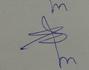
Signature authenticity: genuine